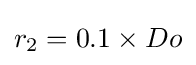
r_{2}=0.1\times Do